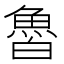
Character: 𩶑